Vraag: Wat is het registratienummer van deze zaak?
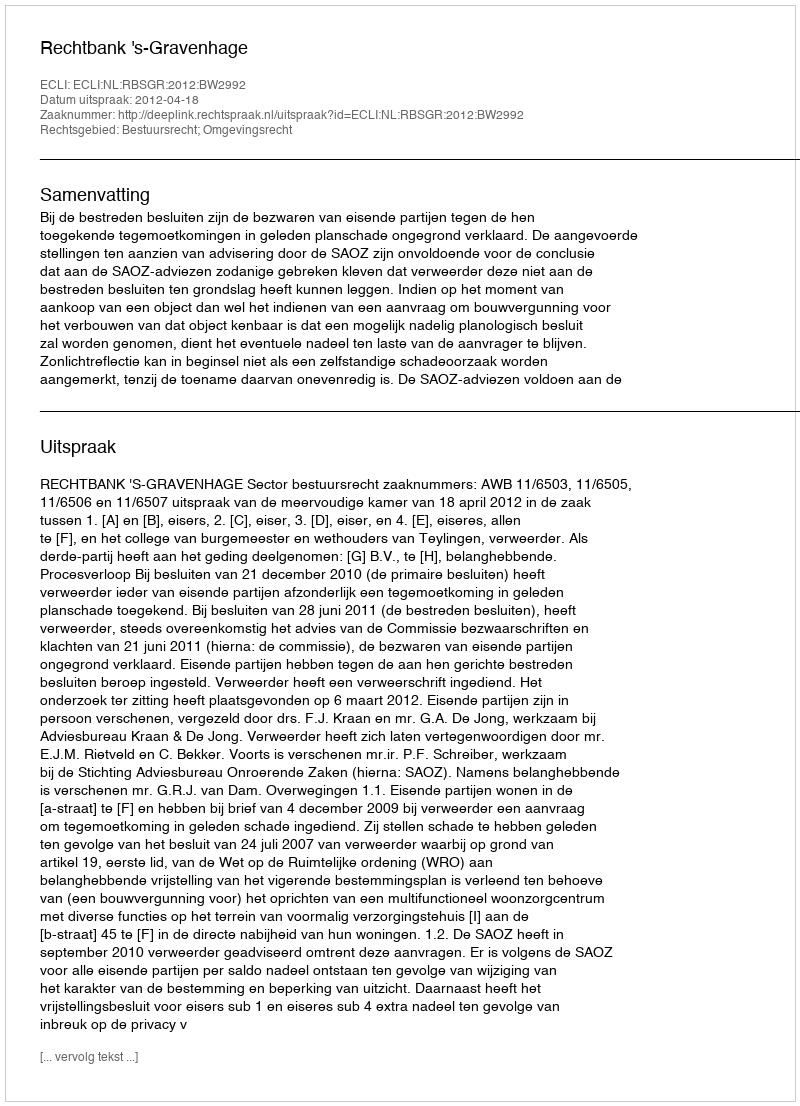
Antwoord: http://deeplink.rechtspraak.nl/uitspraak?id=ECLI:NL:RBSGR:2012:BW2992